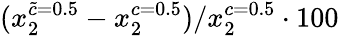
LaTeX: (x_{2}^{\tilde{c}=0.5}-x_{2}^{c=0.5})/x_{2}^{c=0.5}\cdot 100